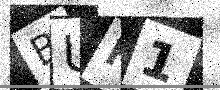
Text: BUH1